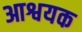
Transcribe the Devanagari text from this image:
आश्वयक